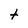
Character: t